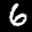
Label: 6